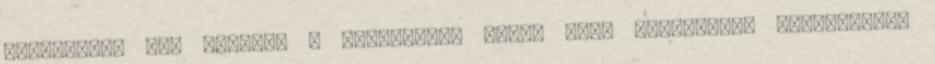
gyakorlat, ami szerint a biomasszát nagy, akár 40-50MW-os erőművekben